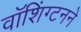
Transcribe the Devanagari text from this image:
वॉशिंग्टनने